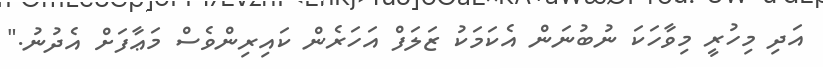
އަދި މިހުރީ މިވާހަކަ ނުބުނަން އެކަމަކު ޒަލަފް އަހަރެން ކައިރިންވެސް މަޢާފަށް އެދުނު."